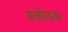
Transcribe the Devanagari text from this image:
स्वोदय